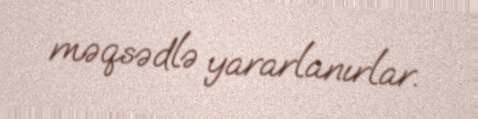
məqsədlə yararlanırlar.